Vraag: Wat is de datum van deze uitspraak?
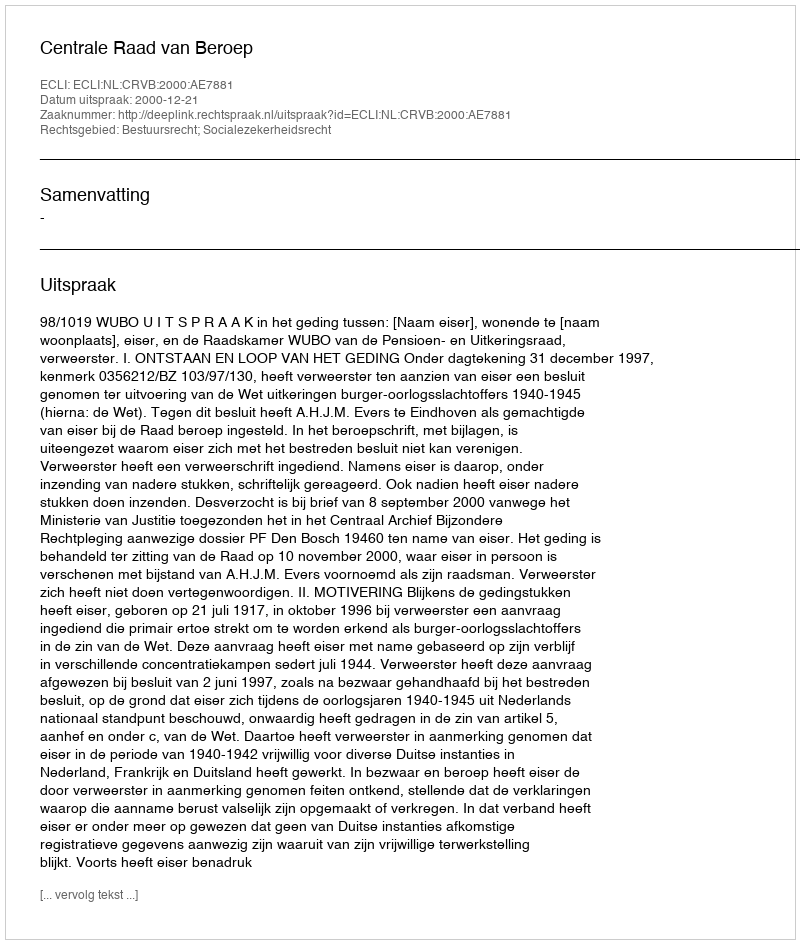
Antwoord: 2000-12-21